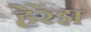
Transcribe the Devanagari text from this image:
हेरेझ